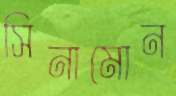
সিনামোন